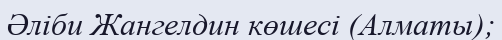
Әліби Жангелдин көшесі (Алматы);